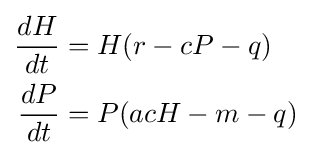
{\begin{aligned}{\frac {dH}{dt}}&=H(r-cP-q)\\{\frac {dP}{dt}}&=P(acH-m-q)\\\end{aligned}}